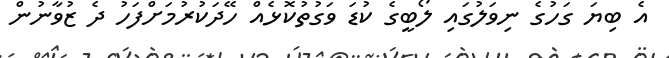
އެ ބިޔަ ގަހުގެ ނިވަލުގައި ލޯބީގެ ކުޑަ ވަގުތުކޮޅެއް ހޭދަކުރުމަށްފަހު ދެ ޒުވާނުން